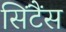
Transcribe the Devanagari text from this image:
सिंटैंस